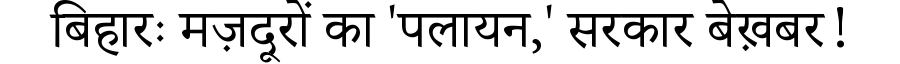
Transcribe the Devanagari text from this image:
बिहारः मज़दूरों का 'पलायन,' सरकार बेख़बर!